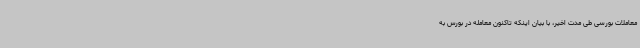
معاملات بورسی طی مدت اخیر، با بیان اینکه تاکنون معامله در بورس به